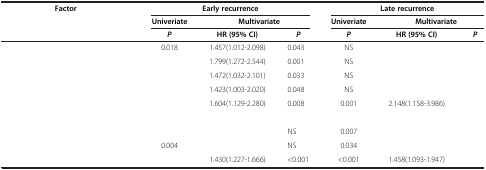
<table><thead><tr><td><b>Factor</b></td><td colspan="3"><b>Early recurrence</b></td><td colspan="3"><b>Late recurrence</b></td></tr><tr><td>[EMPTY_CELL]</td><td><b>Univeriate</b></td><td colspan="2"><b>Multivariate</b></td><td><b>Univeriate</b></td><td colspan="2"><b>Multivariate</b></td></tr><tr><td>[EMPTY_CELL]</td><td><b><i>P</i></b></td><td><b>HR (95% CI)</b></td><td><b><i>P</i></b></td><td><b><i>P</i></b></td><td><b>HR (95% CI)</b></td><td><b><i>P</i></b></td></tr></thead><tbody><tr><td>[EMPTY_CELL]</td><td>0.018</td><td>1.457(1.012-2.098)</td><td>0.043</td><td>NS</td><td>[EMPTY_CELL]</td><td>[EMPTY_CELL]</td></tr><tr><td>[EMPTY_CELL]</td><td>[EMPTY_CELL]</td><td>1.799(1.272-2.544)</td><td>0.001</td><td>NS</td><td>[EMPTY_CELL]</td><td>[EMPTY_CELL]</td></tr><tr><td>[EMPTY_CELL]</td><td>[EMPTY_CELL]</td><td>1.472(1.032-2.101)</td><td>0.033</td><td>NS</td><td>[EMPTY_CELL]</td><td>[EMPTY_CELL]</td></tr><tr><td>[EMPTY_CELL]</td><td>[EMPTY_CELL]</td><td>1.423(1.003-2.020)</td><td>0.048</td><td>NS</td><td>[EMPTY_CELL]</td><td>[EMPTY_CELL]</td></tr><tr><td>[EMPTY_CELL]</td><td>[EMPTY_CELL]</td><td>1.604(1.129-2.280)</td><td>0.008</td><td>0.001</td><td>2.148(1.158-3.986)</td><td>[EMPTY_CELL]</td></tr><tr><td colspan="7">[EMPTY_CELL]</td></tr><tr><td>[EMPTY_CELL]</td><td>[EMPTY_CELL]</td><td>[EMPTY_CELL]</td><td>NS</td><td>0.007</td><td>[EMPTY_CELL]</td><td>[EMPTY_CELL]</td></tr><tr><td>[EMPTY_CELL]</td><td>0.004</td><td>[EMPTY_CELL]</td><td>NS</td><td>0.034</td><td>[EMPTY_CELL]</td><td>[EMPTY_CELL]</td></tr><tr><td>[EMPTY_CELL]</td><td>[EMPTY_CELL]</td><td>1.430(1.227-1.666)</td><td>&lt;0.001</td><td>&lt;0.001</td><td>1.458(1.093-1.947)</td><td>[EMPTY_CELL]</td></tr></tbody></table>